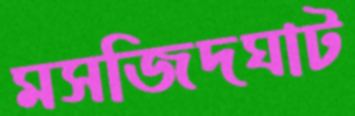
মসজিদঘাট